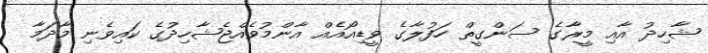
ޝާހިދު އާއި މީރާގެ ސަންގީތް ހަފުލާގެ ވީޑިއޯއެއް އާންމުވެއްޖެޝާހިދުގެ ކައިވެނި މާދަމާ